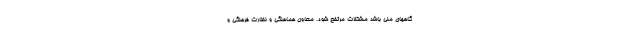
گاههای ملی باشد مشکلات مرتفع شود. معاون هماهنگی و نظارت فرهنگی و